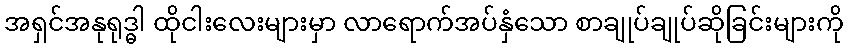
အရှင်အနုရုဒ္ဓါ ထိုငါးလေးများမှာ လာရောက်အပ်နှံသော စာချုပ်ချုပ်ဆိုခြင်းများကို